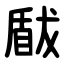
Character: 瞂